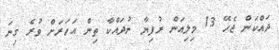
ދައްކަން ޖެހޭ 13 މިލިއަން ރުފިޔާ ނުދައްކާ ތިން އަހަރަށް ވުރެ ގިނަ